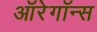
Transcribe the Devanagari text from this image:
ऑरेगॉन्स